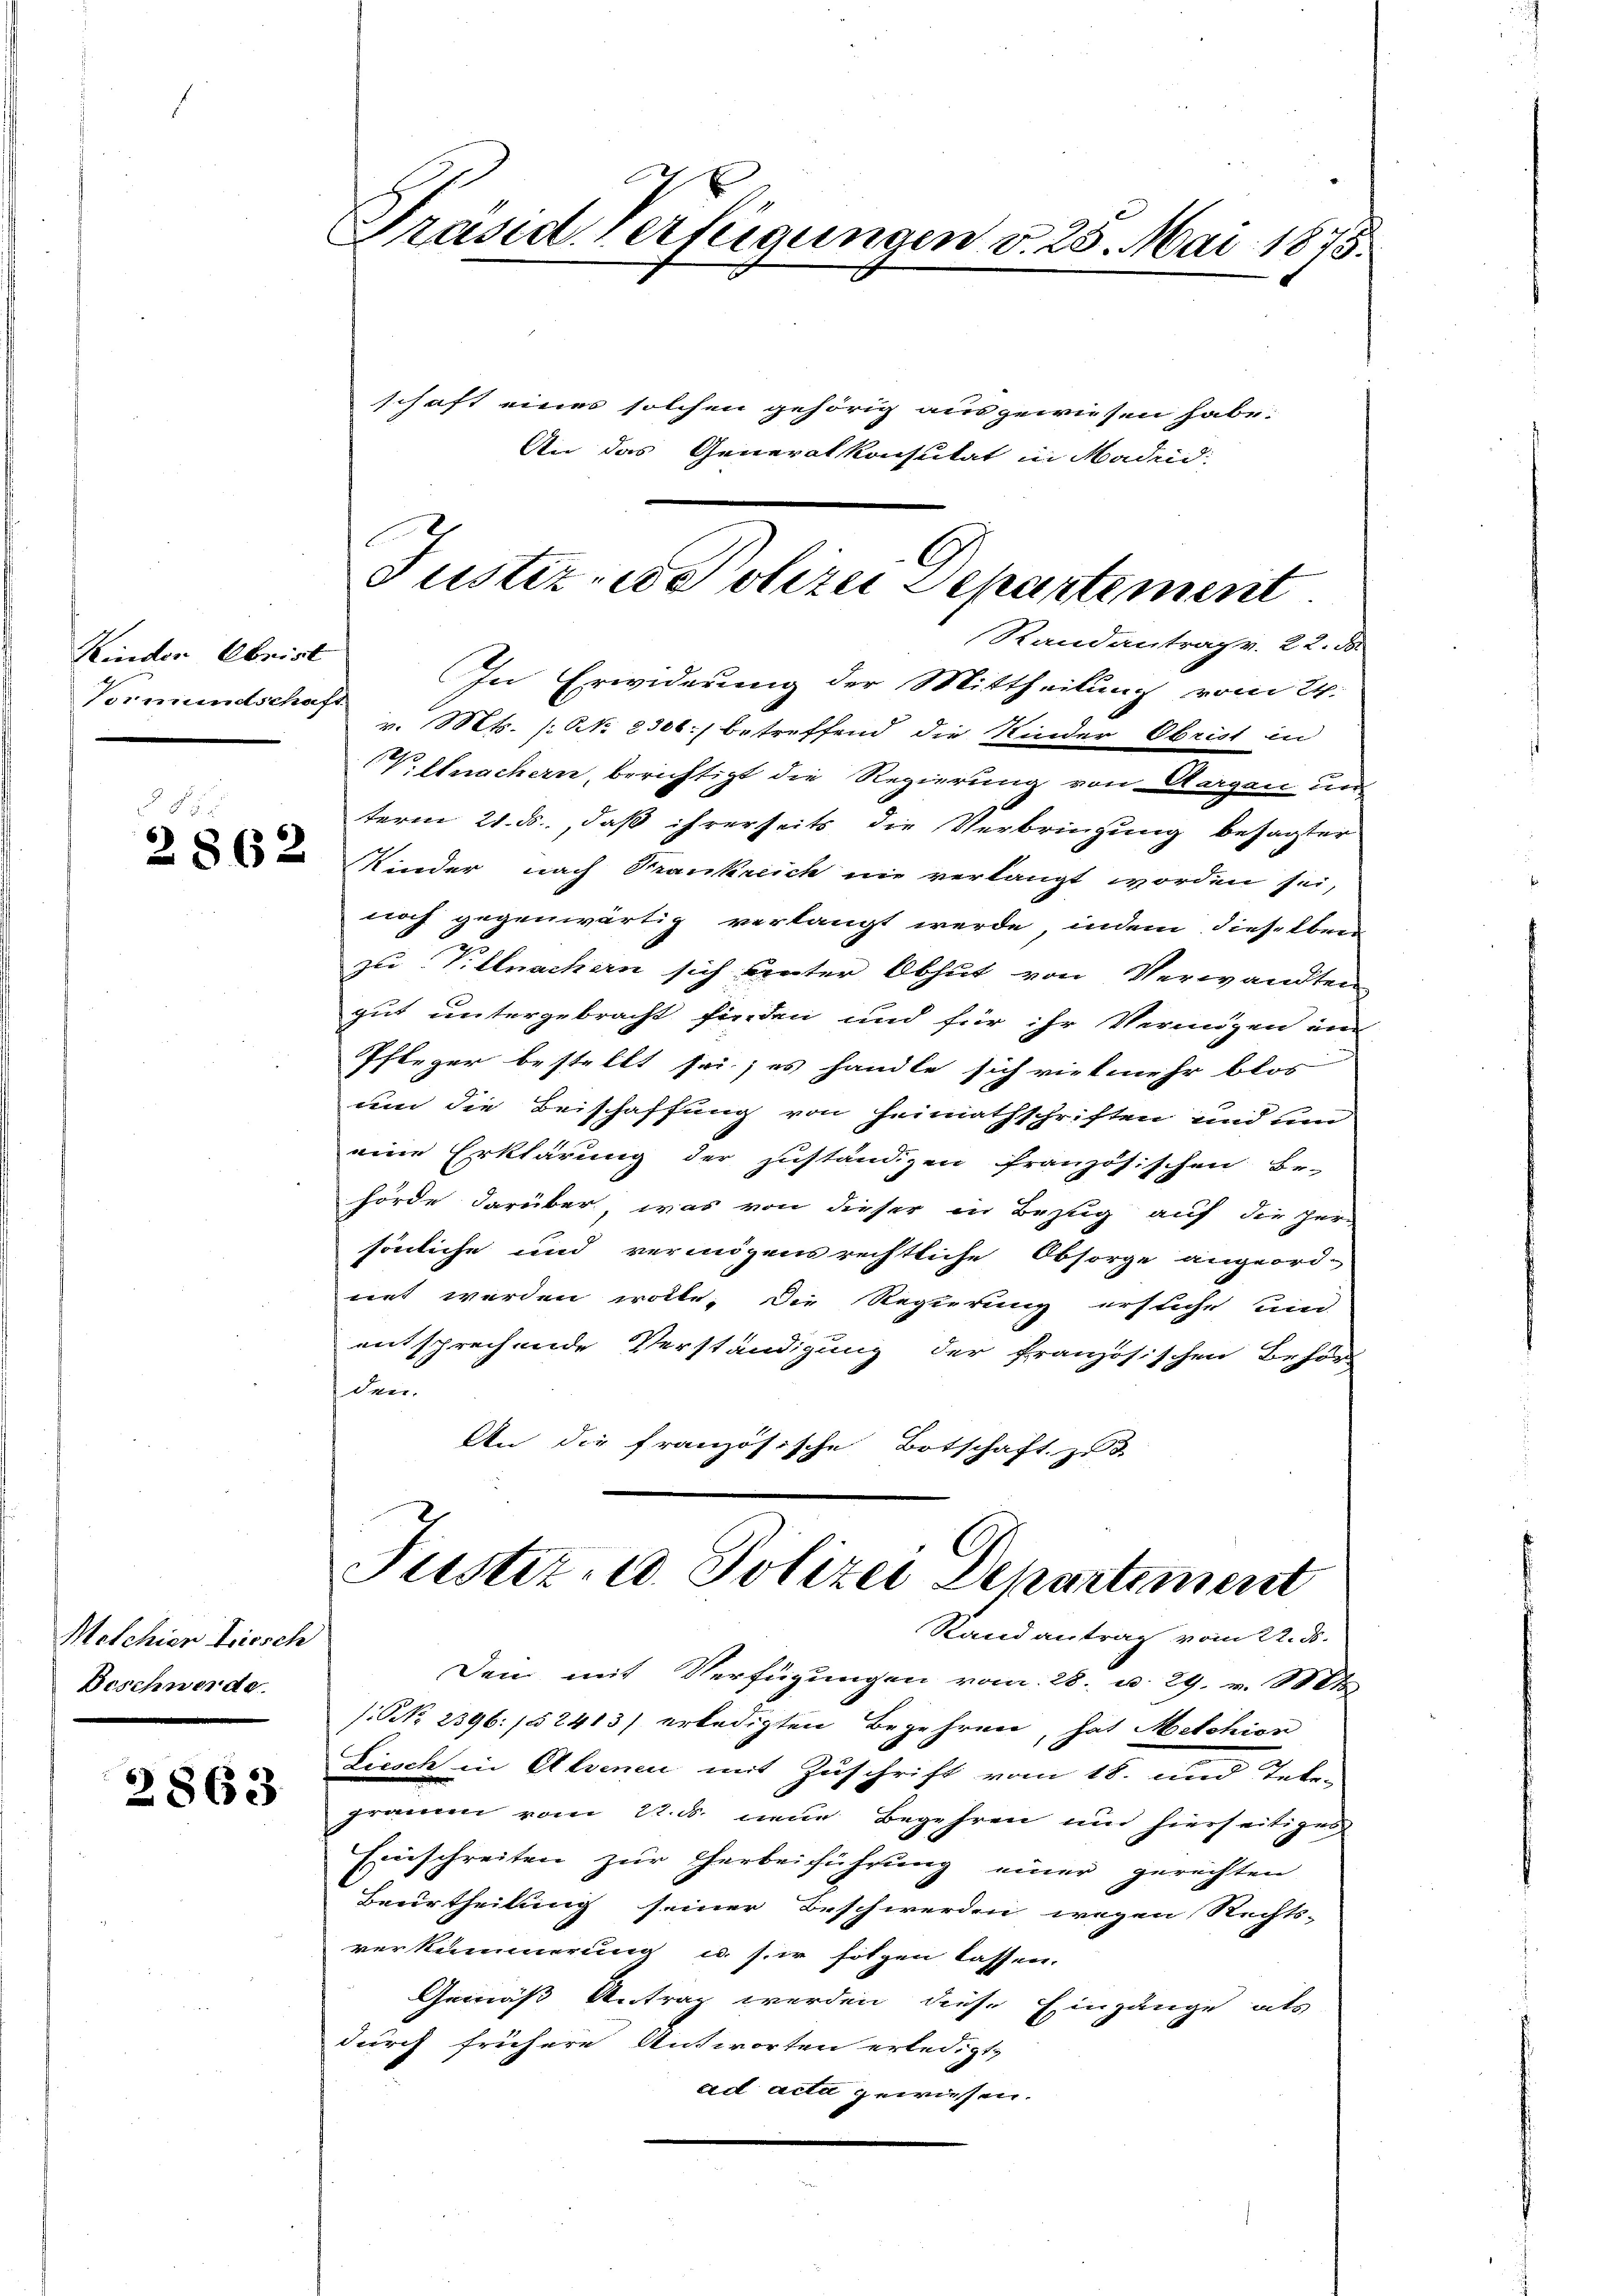
Kinden Obrist
Vormundschaft

Melchien Triesch
Beschwerde.

2863

Präsid verfügungen v. 25. Mai 1875.
schaft eines solchen gehörig ausgewiesen habe.
An das Generalkonsulat in Madeid

Randantrag v. 22. S.
In Erwiderung der Mittheilung vom 24.
v. Mts. (: NNo. 2306) betreffend die Kinder Obrist in
V.flnachern, berichtigt die Regierung von Aargau un
term 21. ds., daß ihrerseits die Verbringung besagter
2 Kinder nach Frankreich nie verlangt worden sei,
noch gegenwärtig verlangt werde, indem dieselben
zu Villnachern sich unter Obhut von Verwandten
gut untergebracht finden und für ihr Vermögen un
Pfleger bestellt sei; es handle sich vielmehr blos
um die Beischaffung von Heimathschriften und um
eine Erklärung der zuständigen französischen Er-
hörde darüber, was von dieser in Bezug auf die Her-
sönliche und vermögensrechtliche Obsorge angeord-
net werden wolle. Die Regierung ersuche und
entsprechende Verständigung der französischen Behör
den.
An die französische Botschaft. Es

Justiz- u Polizei Departement

Den mit Verfügungen vom 28. u. 29. v. Mts.
(NNo. 2396: /52413) erledigten Begehren, hat Melchior
Liesch in Alvenen mit Zuschrift vom 18. und Telegramm vom 22. ds. neue Begehren und hierseitiges
Einschreiten zur Gerbeiführung einer gerechten
Beurtheilung seiner Beschwerden wegen Rechts-
verkümmerung u. sie folgen lassen.
Gemäß Antrag werden diese Eingänge als
durch frühere Antworten erledigt,
ad acta gewiesen.

Justiz- u. Polizei Departement
Rand antrag vom 22. ds.